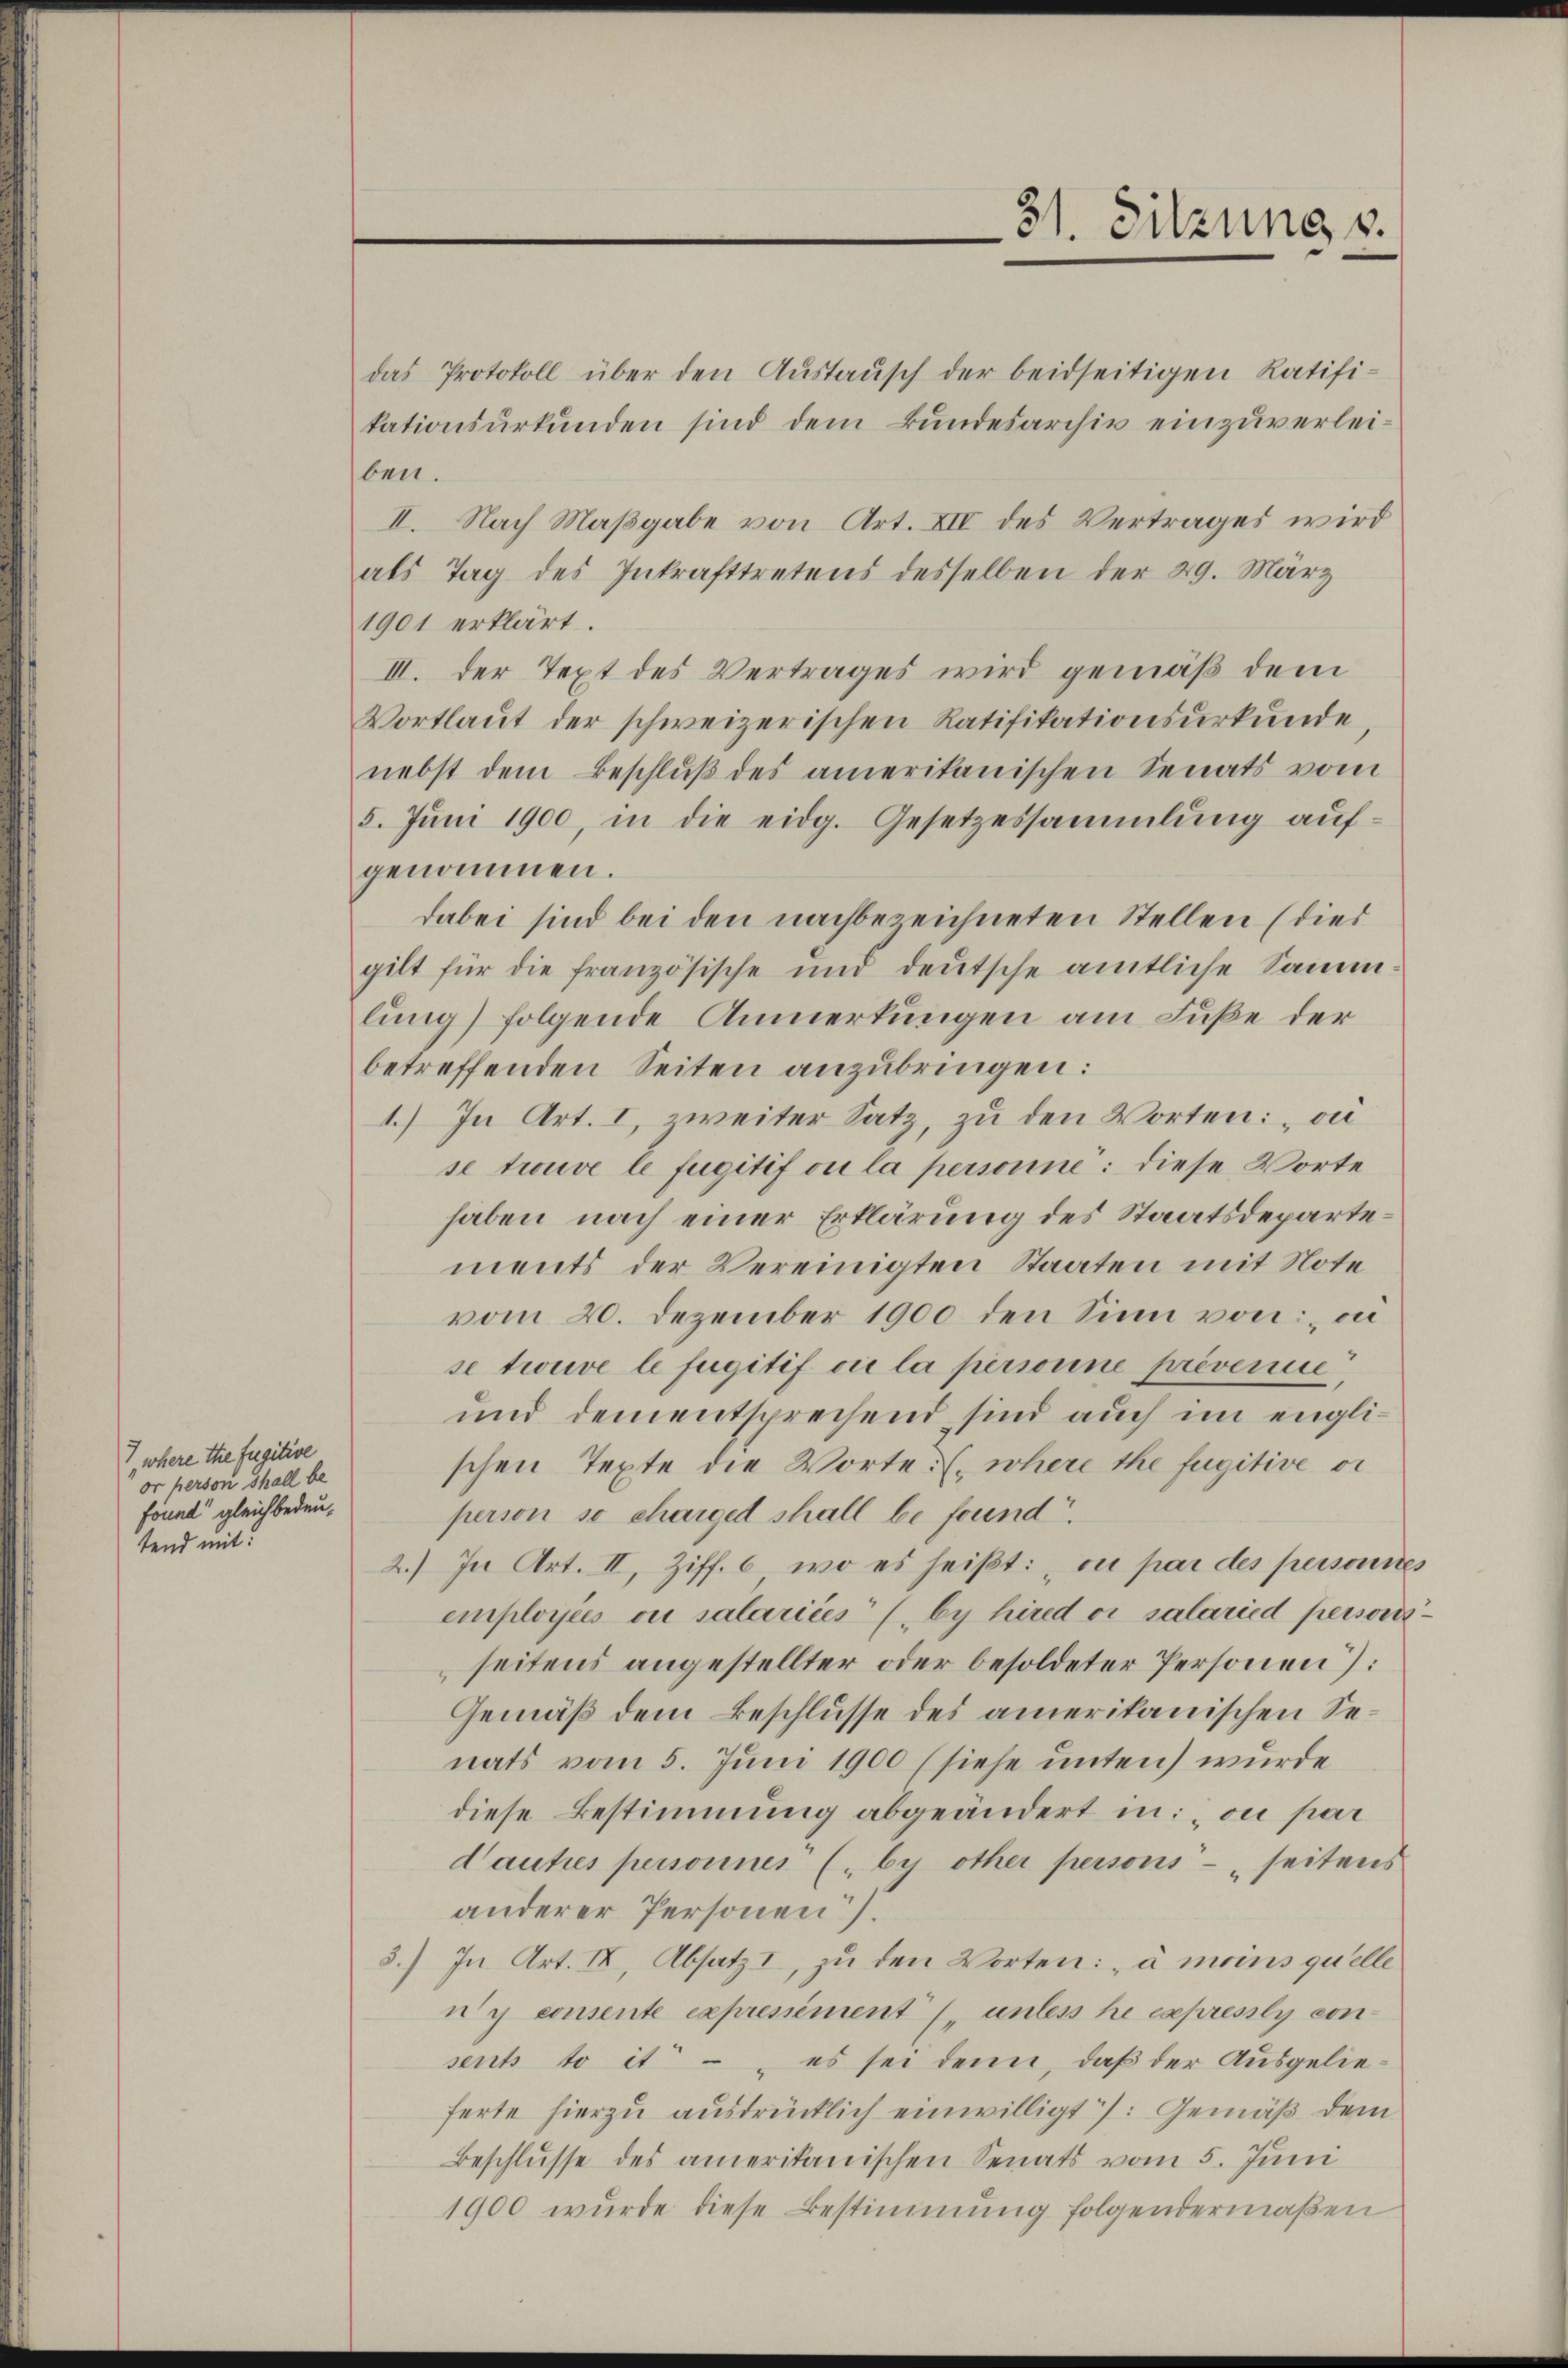
where thie fugitive
or person Thall be
Found“ gleich bedeutend mit:

das Protokoll über den Aŭstaŭsch der beidseitigen Ratifi-
tationsurkunden sind dem Bundesarchiv einzuverleiben.
II. Nach Maßgabe von Art. XIV des Vertrages wird
als Tag des Inkrafttretens desselben der 29. März
1901 erklärt.
III. Der Text des Vertrages wird gemäß dem
Vortlaut der schweizerischen Ratifikationsurkunde
nebst dem Beschluß des amerikanischen Senats vom
5. Juni 1900, in die eidg. Gesetzessammlung aufgenommen.
dabei sind bei den nachbezeichneten Stellen (dies
gilt für die französische und deutsche amtliche Samm
lung) folgende Anmerkungen am Fuße der
betreffenden Seiten anzubringen:
1.) In Art. I, zweiter Satz, zu den Worten: „on
se trouve le fugitif ou la personne: diese Worte
haben nach einer Erklärung des Staatsdepartements der Vereinigten Staaten mit Note
vom 20. Dezember 1900 den Sinn von: „ei
se trouve le fugitif vie la personne prévenie,
und dem entsprechend sind auch im englischen Texte die Worte u. wohere the fugitive vi
person se charget shall be found.
2.) In Art. II, Ziff. 6, wo es heißt: on par des personnes
employées ou salariées (by hired er salaried personisseitens angestellter oder besoldeter Personen):
Gemäß dem Beschlusse des amerikanischen Senats vom 5. Juni 1900 (siehe unten) wurde
diese Bestimmung abgeändert in: „ou par
dautres personnes (by other persons - seitens
anderer Personen).
3.) In Art. II, Absatz I, zu den Worten: „à moins quelle
ny consente expressement (untes he expressli consents to it – es sei denn, daß der Ausgelieferte hierzu ausdrücklich einwilligt /: Gemäß dem
Beschlusse des amerikanischen Senats vom 5. Juni
1900 wurde diese Bestimmung folgendermaßen

31. Sitzung v.